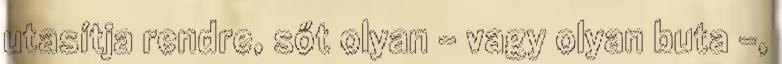
utasítja rendre, sőt olyan – vagy olyan buta –,